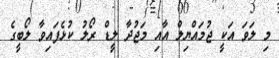
މި ލަވަ އަކީ ޖުމައްޔިލް އާއި މަޖުދާ ލީޑް ރޯލު ކުޅެފައިވާ ލޯބީގެ